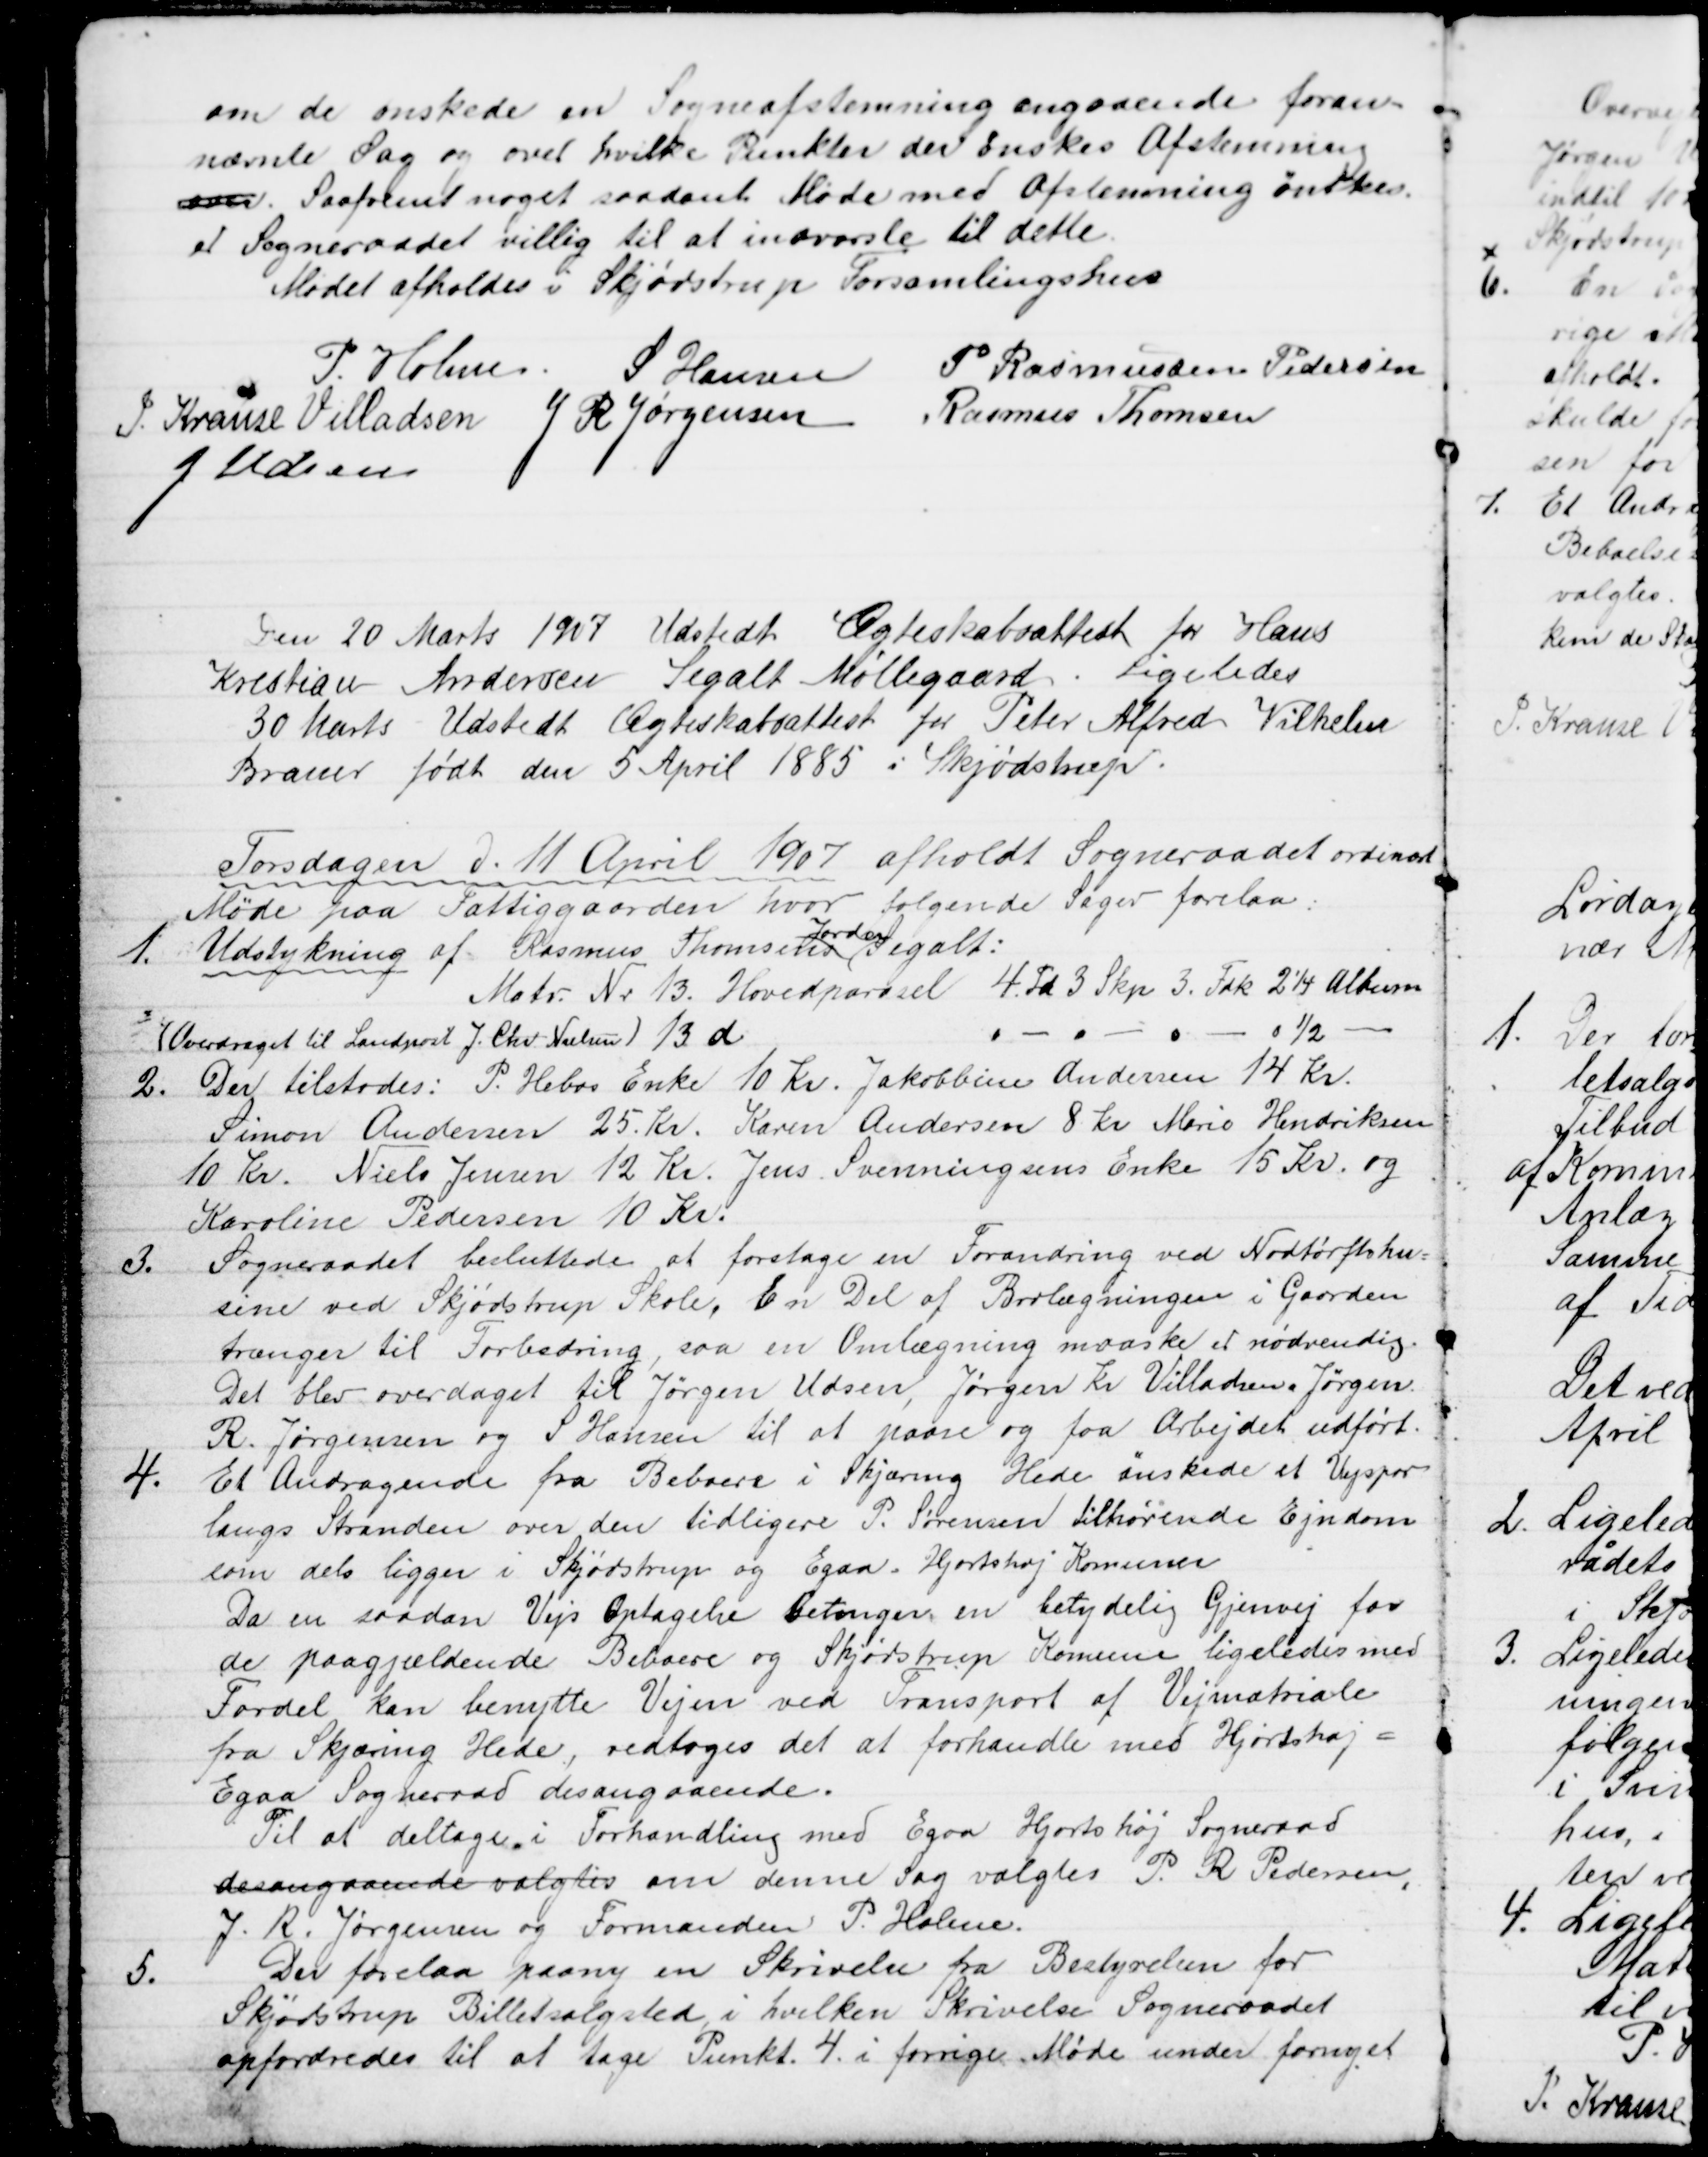
Transskription:
om de ønskede en Sogneafstemning angaaende foran=
nævnte Sag og over hvilke Punkter der ønskes Afstemming
over. Saafremt noget saadant Møde med Afstemning ønskes
er Sogneraadet villig til at indvarsle til dette.
Mødet afholdes i Skjødstrup Forsamlingshus
P. Holme S Hansen
P Rasmussen Pedersen
J. Krause Villadsen  J R Jørgensen  Rasmus Thomsen
J. Udsen
Den 20 Marts 1907 Udstedt Ægteskabsattest for Hans
Kristian Andersen Segalt Møllegaard. Ligeledes
30 Marts Udstedt Ægteskabsattest for Peter Alfred Vilhelm
Brauer født den 5 April 1885 i Skjødstrup.
Torsdagen d. 11. April 1907 afholdt Sogneraadet ordinært
Møde paa Fattiggaarden, hvor følgende Sager forelaa.
1. Udstykning af Rasmus Thomsens 
Jorder
Segalt:
Matr. Nr. 13. Hovedparcel 4 Td 3 Skp. 3. Fdk 2¼ Album
(Overdraget til Landpost J. Chr. Nielsen) 13 d
½
2. Der tilstodes: P. Hebos Enke 10 Kr. Jakobbine Andersen 14 Kr.
Simon Andersen 25 Kr. Karen Andersen 8 Kr Marie Hendriksen
10 Kr. Niels Jensen 12 Kr. Jens Svenningsens Enke 15 Kr. og
Karoline Pedersen 10 Kr.
3.
Sogneraadet besluttede at foretage en Forandring ved Nødtørftshu=
sene ved Skjødstrup Skole. En Del af Brolægningen i Gaarden
trænger til Forbedring, saa en Omlægning maaske er nødvendig.
Det blev overdaget til Jørgen Udsen, Jørgen Kr. Villadsen, Jørgen
R. Jørgensen og S Hansen til at paase og faa Arbejdet udført.
4.
Et Andragende fra Beboere i Skjæring Hede ønskede et Vejspor
langs Stranden over den tidligere P. Sørensen tilhørende Ejndom
som dels ligger i Skjødstrup og Egaa-Hjortshøj Komuner
Da en saadan Vejs Optagelse betinger en betydelig Gjenvej for
de paagjældende Beboere og Skjødstrup Komune ligeledes med
Fordel kan benytte Vejen ved Transport af Vejmatriale
fra Skjæring Hede, vedtoges det at forhandle med Hjortshøj =
Egaa Sogneraad desangaaende.
Til at deltage i Forhandling med Egaa Hjortshøj Sogneraad
desangaaende valgtes om denne Sag valgtes P. R. Pedersen,
J. R. Jørgensen og Formanden P. Holme.
5.
Der forelaa paany en Skrivelse fra Bestyrelsen for
Skjødstrup Billetsalgsted i hvilken Skrivelse Sogneraadet
opfordredes til at tage Punkt 4. i forrige Møde under fornyet